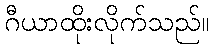
ဂီယာထိုးလိုက်သည်။